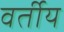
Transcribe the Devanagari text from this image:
वर्तीय